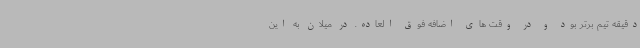
دقیقه تیم برتر بود و در وقت های اضافه فوق العاده. در میلان به این